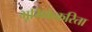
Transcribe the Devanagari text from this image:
भूमिकेकरिता